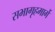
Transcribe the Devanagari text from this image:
सभागृहमार्गे